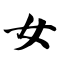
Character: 女